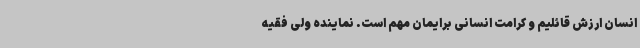
انسان ارزش قائلیم و کرامت انسانی برایمان مهم است. نماینده ولی فقیه